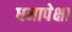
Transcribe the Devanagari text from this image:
धनापेक्षा